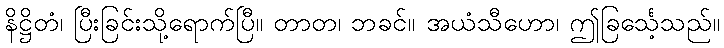
နိဋ္ဌိတံ၊ ပြီးခြင်းသို့ရောက်ပြီ။ တာတ၊ ဘခင်။ အယံသီဟော၊ ဤခြင်္သေ့သည်။